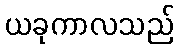
ယခုကာလသည်